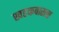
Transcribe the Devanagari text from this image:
खडकवास्ला